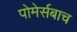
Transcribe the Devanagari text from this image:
पोमेर्सबाच